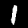
Label: 1